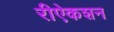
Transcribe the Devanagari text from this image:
रीऐकशन